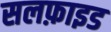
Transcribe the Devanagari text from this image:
सलफ़ाइड